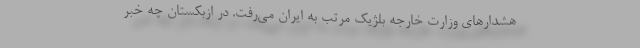
هشدارهای وزارت خارجه بلژیک مرتب به ایران می‌رفت. در ازبکستان چه خبر